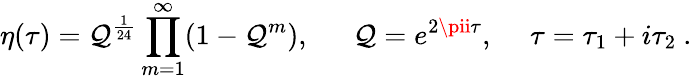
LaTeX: \eta(\tau)=\mathcal{Q}^{\frac{{1}}{{24}}}\prod_{m=1}^{\infty}(1-\mathcal{Q}^{m}),~~~~~~\mathcal{Q}=e^{2\pii\tau},~~~~~\tau=\tau_{1}+i\tau_{2}\ .